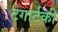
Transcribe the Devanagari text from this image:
टेगार्टकी